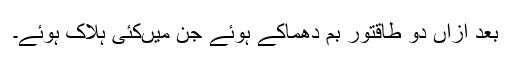
بعد ازاں دو طاقتور بم دھماکے ہوئے جن میںکئی ہلاک ہوئے۔